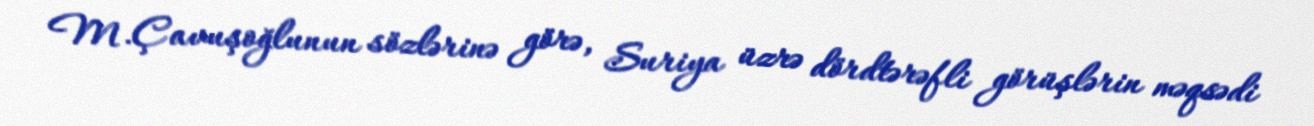
M.Çavuşoğlunun sözlərinə görə, Suriya üzrə dördtərəfli görüşlərin məqsədi